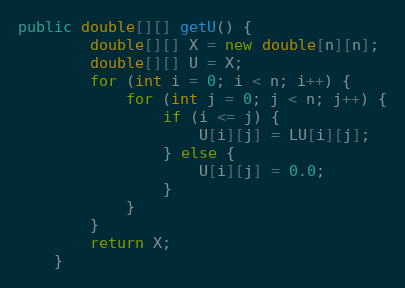
Language: Java
public double[][] getU() {
        double[][] X = new double[n][n];
        double[][] U = X;
        for (int i = 0; i < n; i++) {
            for (int j = 0; j < n; j++) {
                if (i <= j) {
                    U[i][j] = LU[i][j];
                } else {
                    U[i][j] = 0.0;
                }
            }
        }
        return X;
    }